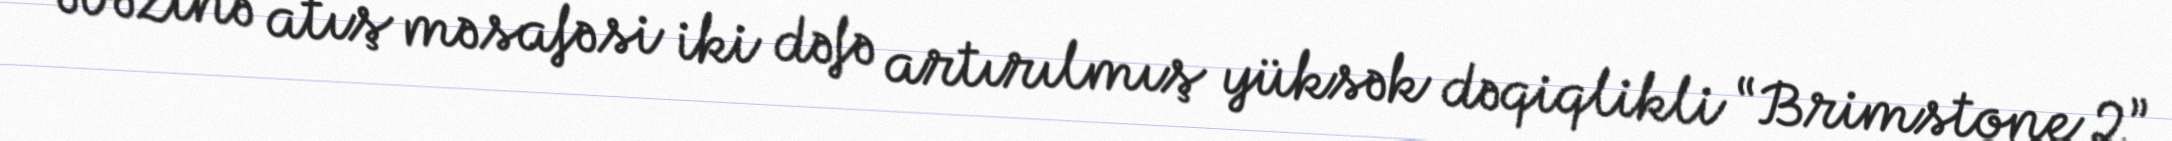
əvəzinə atış məsafəsi iki dəfə artırılmış yüksək dəqiqlikli “Brimstone 2”